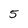
Character: 5